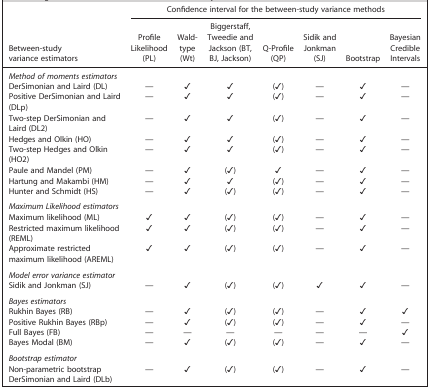
| <ROWSPAN=2> Between‐study variance estimators | <COLSPAN=7> Confidence interval for the between‐study variance methods |
 | Profile Likelihood (PL) | Wald‐type (Wt) | Biggerstaff, Tweedie and Jackson (BT, BJ, Jackson) | Q‐Profile (QP) | Sidik and Jonkman (SJ) | Bootstrap | Bayesian Credible Intervals |
 | --- | --- | --- | --- | --- | --- | --- | --- |
 | <COLSPAN=8> Method of moments estimators |
 | DerSimonian and Laird (DL) | — | ✓ | ✓ | (✓) | — | ✓ | — |
 | Positive DerSimonian and Laird (DLp) | — | ✓ | ✓ | (✓) | — | ✓ | — |
 | Two‐step DerSimonian and Laird (DL2) | — | ✓ | ✓ | (✓) | — | ✓ | — |
 | Hedges and Olkin (HO) | — | ✓ | ✓ | (✓) | — | ✓ | — |
 | Two‐step Hedges and Olkin (HO2) | — | ✓ | ✓ | (✓) | — | ✓ | — |
 | Paule and Mandel (PM) | — | ✓ | (✓) | ✓ | — | ✓ | — |
 | Hartung and Makambi (HM) | — | ✓ | ✓ | (✓) | — | ✓ | — |
 | Hunter and Schmidt (HS) | — | ✓ | (✓) | (✓) | — | ✓ | — |
 | <COLSPAN=8> Maximum Likelihood estimators |
 | Maximum likelihood (ML) | ✓ | ✓ | (✓) | (✓) | — | ✓ | — |
 | Restricted maximum likelihood (REML) | ✓ | ✓ | (✓) | (✓) | — | ✓ | — |
 | Approximate restricted maximum likelihood (AREML) | ✓ | ✓ | (✓) | (✓) | — | ✓ | — |
 | <COLSPAN=8> Model error variance estimator |
 | Sidik and Jonkman (SJ) | — | ✓ | (✓) | (✓) | ✓ | ✓ | — |
 | <COLSPAN=8> Bayes estimators |
 | Rukhin Bayes (RB) | — | ✓ | (✓) | (✓) | — | ✓ | ✓ |
 | Positive Rukhin Bayes (RBp) | — | ✓ | (✓) | (✓) | — | ✓ | — |
 | Full Bayes (FB) | — | — | — | — | — | — | ✓ |
 | Bayes Modal (BM) | — | ✓ | (✓) | (✓) | — | ✓ | — |
 | <COLSPAN=8> Bootstrap estimator |
 | Non‐parametric bootstrap DerSimonian and Laird (DLb) | — | ✓ | (✓) | (✓) | — | ✓ | — |